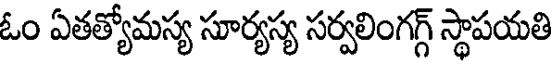
ఓం ఏతత్యోమస్య సూర్యస్య సర్వలింగగ్గ్ స్థాపయతి